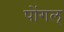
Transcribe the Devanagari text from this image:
पोंगल्